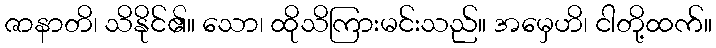
ဇာနာတိ၊ သိနိုင်၏။ သော၊ ထိုသိကြားမင်းသည်။ အမှေဟိ၊ ငါတို့ထက်။